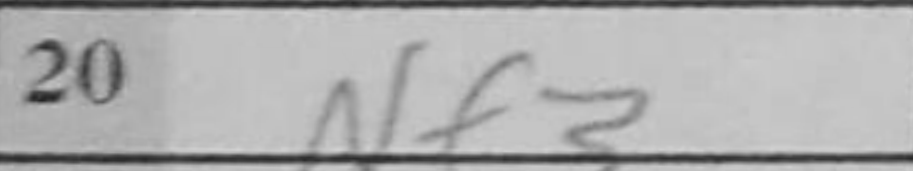
Transcription: Nf3